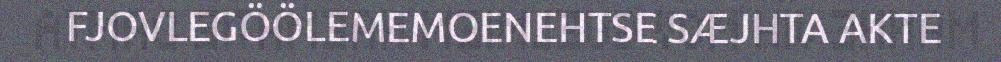
FJOVLEGÖÖLEMEMOENEHTSE SÆJHTA AKTE